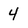
Character: 4